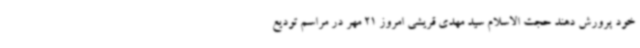
خود پرورش دهند حجت الاسلام سید مهدی قریشی امروز 21 مهر در مراسم تودیع